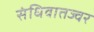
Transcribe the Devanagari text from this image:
संधिवातज्वर